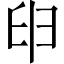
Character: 𦥔